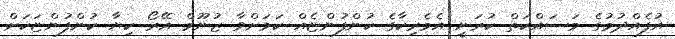
އުފެއްދުމުގެ މަސައްކަތް ކުރަނީ އެމެރިކާގެ ކުންފުންޏެއް ކަމަށްވާ ޒުނޫމް އޭރޯ ކިޔާ ކުންފުންޏަކަށް